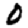
Digit: 0